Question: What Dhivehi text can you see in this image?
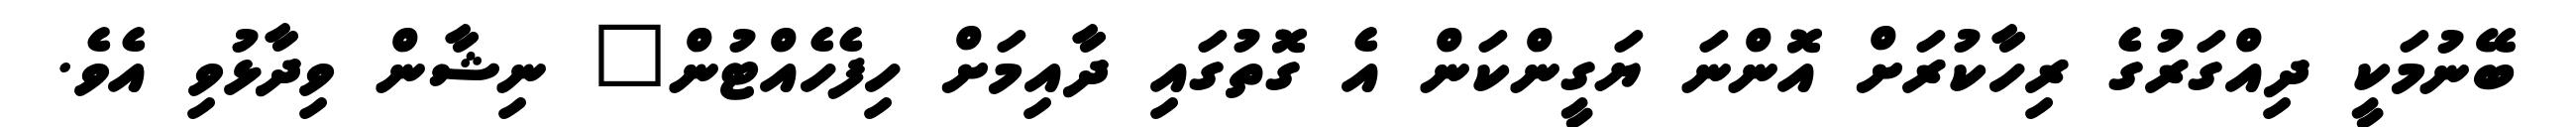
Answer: ބޭނުމަކީ ދިއްގަރުގެ ރިހާކުރަށް އޮންނަ ޔަގީންކަން އެ ގޮތުގައި ދާއިމަށް ހިފެހެއްޓުން" ނިޝާން ވިދާޅުވި އެވެ.